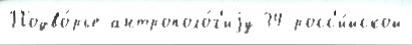
Подво́рье антрополо́г'иjу 34 росс'и́йской